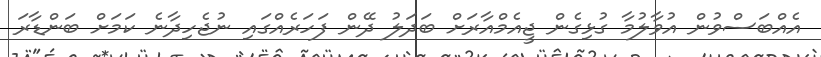
އެއްބަސްވުން އުވާލުމާ ގުޅިގެން ޖީއެމްއާރަށް ބަދަލު ދޭން ފަހަރެއްގައި ނުޖެހިދާނެ ކަމަށް ބަންޑާރަ